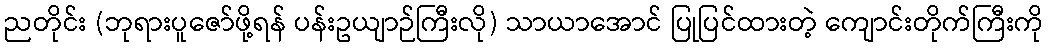
ညတိုင်း (ဘုရားပူဇော်ဖို့ရန် ပန်းဥယျာဉ်ကြီးလို) သာယာအောင် ပြုပြင်ထားတဲ့ ကျောင်းတိုက်ကြီးကို